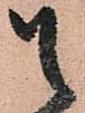
候